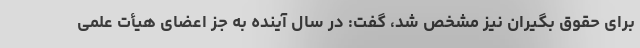
برای حقوق بگیران نیز مشخص شد، گفت: در سال آینده به جز اعضای هیأت علمی